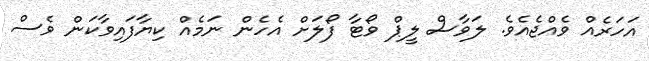
އަހަރެއް ވެއްޖެއެވެ. ލަވާސް ލީޕް ވޯޓާ ފޯލަށް އެހެން ނަމެއް ކިޔާފައިވާކަން ވެސް